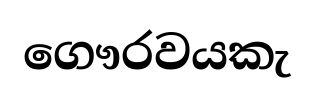
ගෞරවයකැ